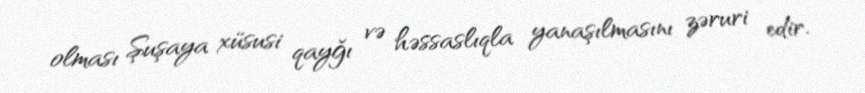
olması Şuşaya xüsusi qayğı və həssaslıqla yanaşılmasını zəruri edir.